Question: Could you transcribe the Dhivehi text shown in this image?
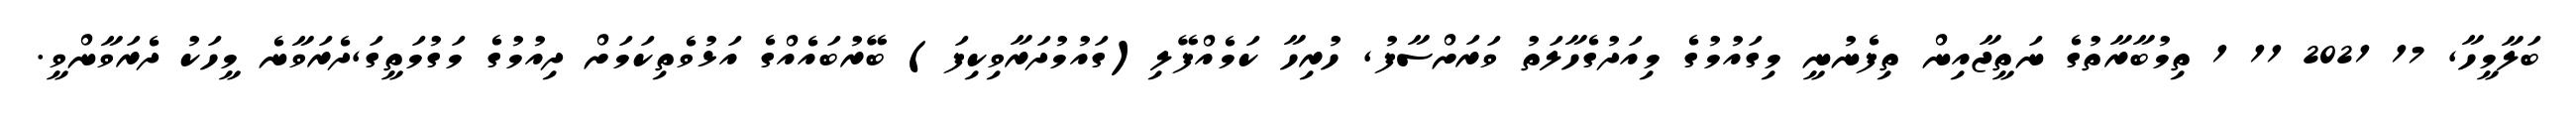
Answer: ބަލާމީހާ, 17 2021 11 1 ތިމުބާރާތުގެ ނަތީޖާއިން ތިފެނުނީ މިގައުމުގެ މިއަދުގެހާލަތު ވަރަށްސާފު, ހުރިހާ ކަމެއްފޭލި(ގައުމުދަރާވިކިފަ) ބޭރުބައެއްގެ އަޅުވެތިކަމަށް ދިއުމުގެ މަގުމަތީގަ,ދެރަވާނެ މީހަކު ދެރަވާންވީ.